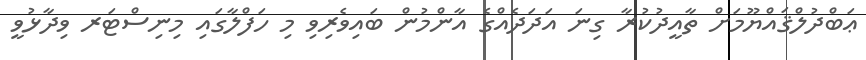
ޢަބްދުލްޤައްޔޫމަށް ތާއީދުކުރާ ގިނަ އަދަދެއްގެ އާންމުން ބައިވެރިވި މި ހަފްލާގައި މިނިސްޓަރ ވިދާޅުވީ